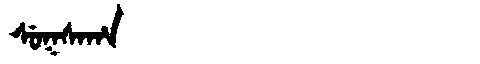
Manchu: ᠰᡠᡴᠰᠠᡥᠠ
Romanization: SUKSAHA